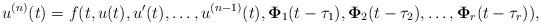
LaTeX: \begin{align*}u^{(n)}(t) = f(t,u(t),u'(t),\dots,u^{(n-1)}(t),\mathbf{\Phi}_1(t-\tau_1),\mathbf{\Phi}_2(t-\tau_2), \dots, \mathbf{\Phi}_r(t-\tau_r) ),\end{align*}